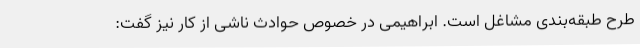
طرح طبقه‌بندی مشاغل است. ابراهیمی در خصوص حوادث ناشی از کار نیز گفت: